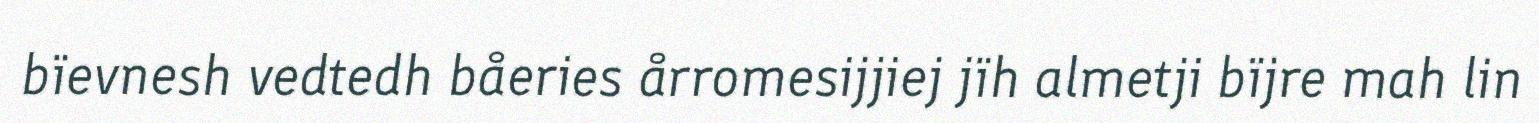
bïevnesh vedtedh båeries årromesijjiej jïh almetji bïjre mah lin